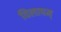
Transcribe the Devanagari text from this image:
विलापम्